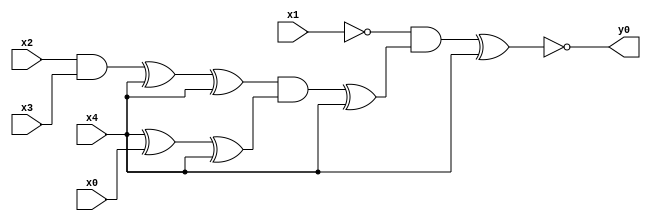
module top( x0 , x1 , x2 , x3 , x4 , y0 );
  input x0 , x1 , x2 , x3 , x4 ;
  output y0 ;
  wire n6 , n7 , n8 , n9 , n10 , n11 , n12 , n13 , n14 ;
  assign n6 = x2 & x3 ;
  assign n7 = n6 ^ x4 ;
  assign n8 = n7 ^ x4 ;
  assign n9 = x4 ^ x0 ;
  assign n10 = n9 ^ x4 ;
  assign n11 = n8 & n10 ;
  assign n12 = n11 ^ x4 ;
  assign n13 = ~x1 & n12 ;
  assign n14 = n13 ^ x4 ;
  assign y0 = ~n14 ;
endmodule